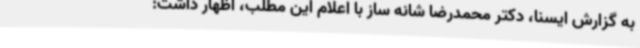
به گزارش ایسنا، دکتر محمدرضا شانه ساز با اعلام این مطلب، اظهار داشت: